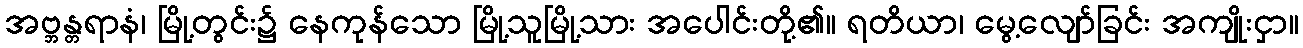
အဗ္ဘန္တရာနံ၊ မြို့တွင်း၌ နေကုန်သော မြို့သူမြို့သား အပေါင်းတို့၏။ ရတိယာ၊ မွေ့လျော်ခြင်း အကျိုးငှာ။